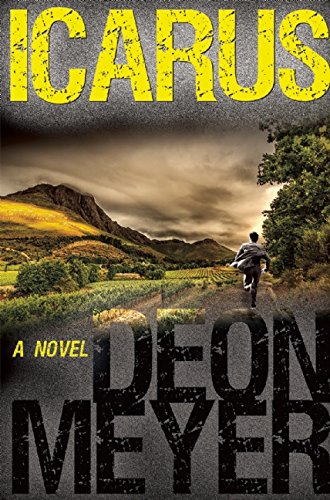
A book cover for Icarus; Deon Meyer; Mystery, Thriller & Suspense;